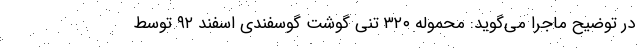
در توضیح ماجرا می‌گوید: محموله ۳۲۰ تنی گوشت گوسفندی اسفند ۹۲ توسط